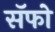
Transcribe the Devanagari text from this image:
सॅफो